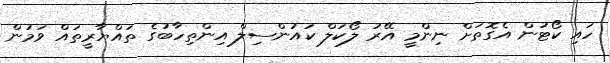
ހައި ކޯޓުން އެގޮތަށް ނިންމީ އޭރު ލޯކަލް ކައުންސިލް އިންތިހާބުގެ ތައްޔާރީތައް ވަމުން